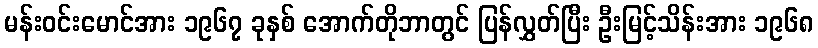
မန်းဝင်းမောင်အား ၁၉၆၇ ခုနှစ် အောက်တိုဘာတွင် ပြန်လွှတ်ပြီး ဦးမြင့်သိန်းအား ၁၉၆၈